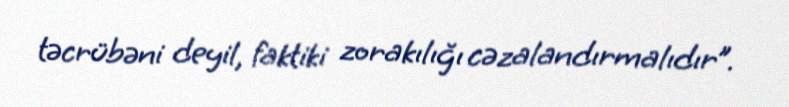
təcrübəni deyil, faktiki zorakılığı cəzalandırmalıdır”.